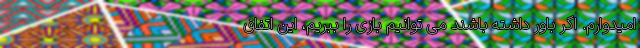
امیدوارم. اگر باور داشته باشند می توانیم بازی را ببریم، این اتفاق